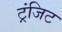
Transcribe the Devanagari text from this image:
ट्रंजिट